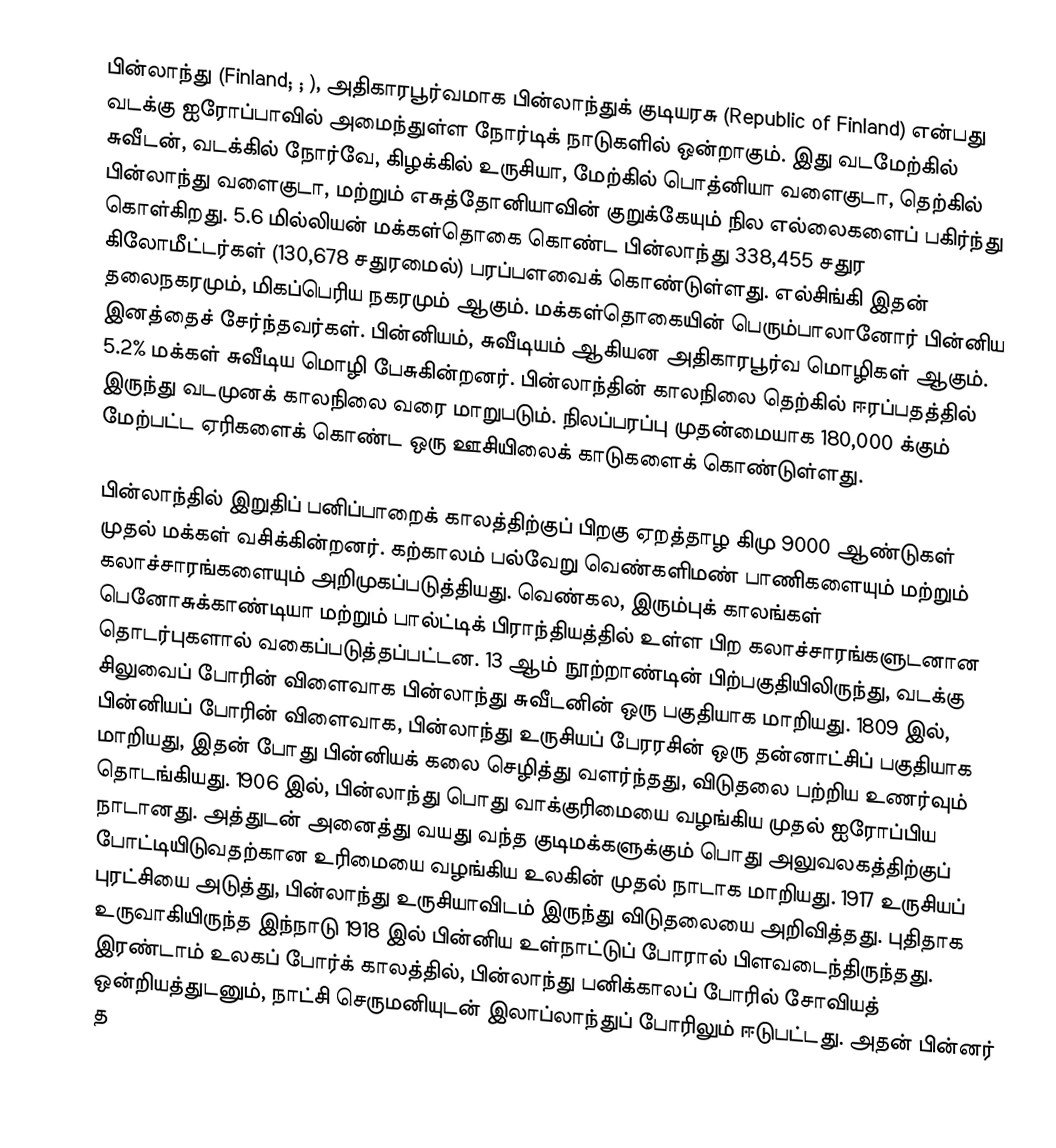
பின்லாந்து (Finland;  ;  ), அதிகாரபூர்வமாக பின்லாந்துக் குடியரசு (Republic of Finland) என்பது வடக்கு ஐரோப்பாவில் அமைந்துள்ள நோர்டிக் நாடுகளில் ஒன்றாகும். இது வடமேற்கில் சுவீடன், வடக்கில் நோர்வே, கிழக்கில் உருசியா, மேற்கில் பொத்னியா வளைகுடா, தெற்கில் பின்லாந்து வளைகுடா, மற்றும் எசுத்தோனியாவின் குறுக்கேயும் நில எல்லைகளைப் பகிர்ந்து கொள்கிறது. 5.6 மில்லியன் மக்கள்தொகை கொண்ட பின்லாந்து 338,455 சதுர கிலோமீட்டர்கள் (130,678 சதுரமைல்) பரப்பளவைக் கொண்டுள்ளது. எல்சிங்கி இதன் தலைநகரமும், மிகப்பெரிய நகரமும் ஆகும். மக்கள்தொகையின் பெரும்பாலானோர் பின்னிய இனத்தைச் சேர்ந்தவர்கள். பின்னியம், சுவீடியம் ஆகியன அதிகாரபூர்வ மொழிகள் ஆகும். 5.2% மக்கள் சுவீடிய மொழி பேசுகின்றனர். பின்லாந்தின் காலநிலை தெற்கில் ஈரப்பதத்தில் இருந்து வடமுனக் காலநிலை வரை மாறுபடும். நிலப்பரப்பு முதன்மையாக 180,000 க்கும் மேற்பட்ட ஏரிகளைக் கொண்ட ஒரு ஊசியிலைக் காடுகளைக் கொண்டுள்ளது.

பின்லாந்தில் இறுதிப் பனிப்பாறைக் காலத்திற்குப் பிறகு ஏறத்தாழ கிமு 9000 ஆண்டுகள் முதல் மக்கள் வசிக்கின்றனர். கற்காலம் பல்வேறு வெண்களிமண் பாணிகளையும் மற்றும் கலாச்சாரங்களையும் அறிமுகப்படுத்தியது. வெண்கல, இரும்புக் காலங்கள் பெனோசுக்காண்டியா மற்றும் பால்ட்டிக் பிராந்தியத்தில் உள்ள பிற கலாச்சாரங்களுடனான தொடர்புகளால் வகைப்படுத்தப்பட்டன. 13 ஆம் நூற்றாண்டின் பிற்பகுதியிலிருந்து, வடக்கு சிலுவைப் போரின் விளைவாக பின்லாந்து சுவீடனின் ஒரு பகுதியாக மாறியது. 1809 இல், பின்னியப் போரின் விளைவாக, பின்லாந்து உருசியப் பேரரசின் ஒரு தன்னாட்சிப் பகுதியாக மாறியது, இதன் போது பின்னியக் கலை செழித்து வளர்ந்தது, விடுதலை பற்றிய உணர்வும் தொடங்கியது. 1906 இல், பின்லாந்து பொது வாக்குரிமையை வழங்கிய முதல் ஐரோப்பிய நாடானது. அத்துடன் அனைத்து வயது வந்த குடிமக்களுக்கும் பொது அலுவலகத்திற்குப் போட்டியிடுவதற்கான உரிமையை வழங்கிய உலகின் முதல் நாடாக மாறியது. 1917 உருசியப் புரட்சியை அடுத்து, பின்லாந்து உருசியாவிடம் இருந்து விடுதலையை அறிவித்தது. புதிதாக உருவாகியிருந்த இந்நாடு 1918 இல் பின்னிய உள்நாட்டுப் போரால் பிளவடைந்திருந்தது. இரண்டாம் உலகப் போர்க் காலத்தில், பின்லாந்து பனிக்காலப் போரில் சோவியத் ஒன்றியத்துடனும், நாட்சி செருமனியுடன் இலாப்லாந்துப் போரிலும் ஈடுபட்டது. அதன் பின்னர் த